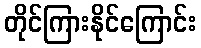
တိုင်ကြားနိုင်ကြောင်း